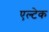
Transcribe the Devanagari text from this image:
एल्टेक